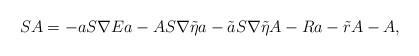
LaTeX: \begin{align*} SA = - a S\nabla E a - A S\nabla \tilde \eta a - \tilde a S\nabla \tilde \eta A - R a - \tilde r A - A , \end{align*}